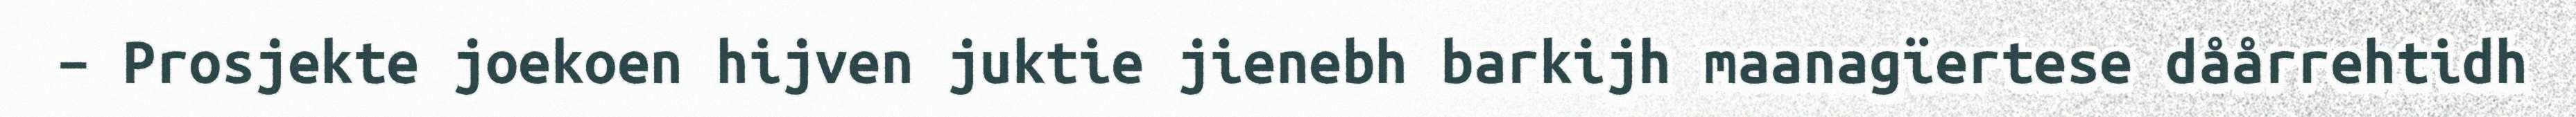
– Prosjekte joekoen hijven juktie jienebh barkijh maanagïertese dåårrehtidh